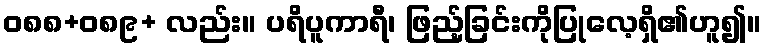
ဝ၈၈+၀၈၉+ လည်း။ ပရိပူကာရီ၊ ဖြည့်ခြင်းကိုပြုလေ့ရှိ၏ဟူ၍။